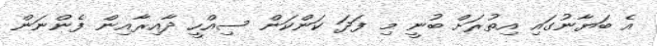
އެ ބަޔާނުގައި އިތުރަށް ބުނީ މި ފަދަ ކަންކަން ސިއްހީ ދާއިރާއިން ފެންނަން